Lunatic asylums Central Provinces reports 1895-1909 - 1895-1909
Year: 1895
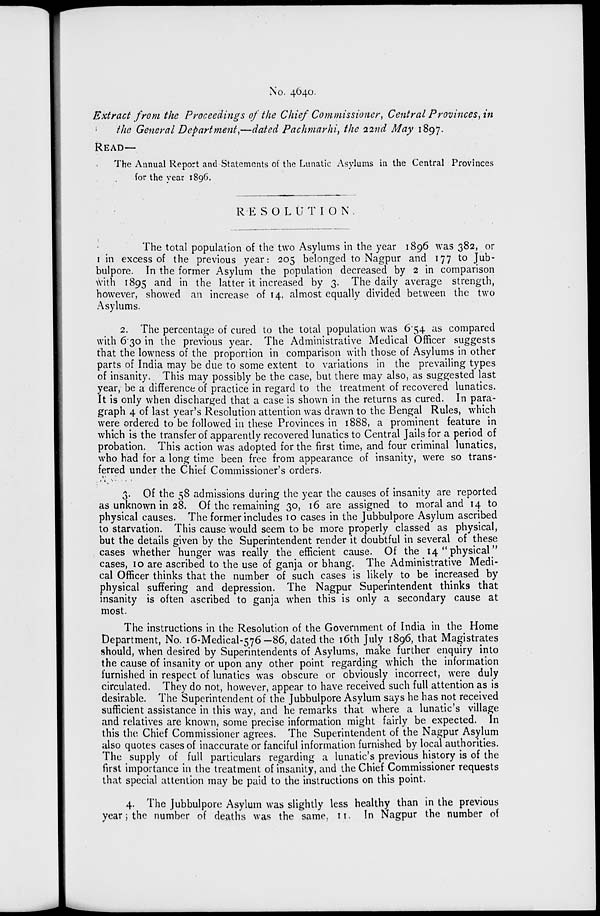
No. 4640.
Extract from the Proceedings of the Chief Commissioner, Central Provinces, in
the General Department,—dated Pachmarhi, the 22nd May 1897.
READ—
The Annual Report and Statements of the Lunatic Asylums in the Central Provinces
for the year 1896.
RESOLUTION.
The total population of the two Asylums in the year 1896 was 382, or
1 in excess of the previous year: 205 belonged to Nagpur and 177 to Jub-
bulpore. In the former Asylum the population decreased by 2 in comparison
with 1895 and in the latter it increased by 3. The daily average strength,
however, showed an increase of 14, almost equally divided between the two
Asylums.
2. The percentage of cured to the total population was 6.54 as compared
with 630 in the previous year. The Administrative Medical Officer suggests
that the lowness of the proportion in comparison with those of Asylums in other
parts of India may be due to some extent to variations in the prevailing types
of insanity. This may possibly be the case, but there may also, as suggested last
year, be a difference of practice in regard to the treatment of recovered lunatics.
It is only when discharged that a case is shown in the returns as cured. In para-
graph 4 of last year's Resolution attention was drawn to the Bengal Rules, which
were ordered to be followed in these Provinces in 1888, a prominent feature in
which is the transfer of apparently recovered lunatics to Central Jails for a period of
probation. This action was adopted for the first time, and four criminal lunatics,
who had for a long time been free from appearance of insanity, were so trans-
ferred under the Chief Commissioner's orders.
3. Of the 58 admissions during the year the causes of insanity are reported
as unknown in 28. Of the remaining 30, 16 are assigned to moral and 14 to
physical causes. The former includes 10 cases in the Jubbulpore Asylum ascribed
to starvation. This cause would seem to be more properly classed as physical,
but the details given by the Superintendent render it doubtful in several of these
cases whether hunger was really the efficient cause. Of the 14 " physical "
cases, 10 are ascribed to the use of ganja or bhang. The Administrative Medi-
cal Officer thinks that the number of such cases is likely to be increased by
physical suffering and depression. The Nagpur Superintendent thinks that
insanity is often ascribed to ganja when this is only a secondary cause at
most.
The instructions in the Resolution of the Government of India in the Home
Department, No. 16-Medical-576-86, dated the 16th July 1896, that Magistrates
should, when desired by Superintendents of Asylums, make further enquiry into
the cause of insanity or upon any other point regarding which the information
furnished in respect of lunatics was obscure or obviously incorrect, were duly
circulated. They do not, however, appear to have received such full attention as is
desirable. The Superintendent of the Jubbulpore Asylum says he has not received
sufficient assistance in this way, and he remarks that where a lunatic's village
and relatives are known, some precise information might fairly be expected. In
this the Chief Commissioner agrees. The Superintendent of the Nagpur Asylum
also quotes cases of inaccurate or fanciful information furnished by local authorities.
The supply of full particulars regarding a lunatic's previous history is of the
first importance in the treatment of insanity, and the Chief Commissioner requests
that special attention may be paid to the instructions on this point.
4. The Jubbulpore Asylum was slightly less healthy than in the previous
year; the number of deaths was the same, 11. In Nagpur the number of